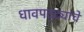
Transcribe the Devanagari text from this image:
धावपट्ट्यांचे